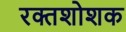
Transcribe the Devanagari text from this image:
रक्तशोशक